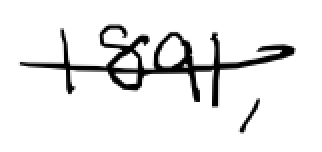
Text: 1891,
Cross-out: single-line
Writing tool: digital_black